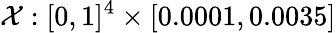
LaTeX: \mathcal{X}:[0,1]^{4}\times[0.0001,0.0035]